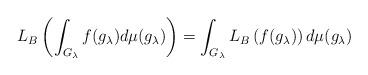
LaTeX: \begin{align*}L_B\left(\int_{G_\lambda}f(g_\lambda)d\mu(g_\lambda)\right) =\int_{G_\lambda}L_B\left(f(g_\lambda)\right)d\mu(g_\lambda)\end{align*}